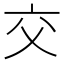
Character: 交